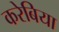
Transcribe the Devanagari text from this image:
करेबिया